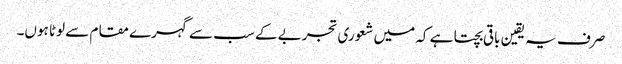
صرف یہ یقین باقی بچتا ہے کہ میں شعوری تجربے کے سب سے گہرے مقام سے لوٹا ہوں۔